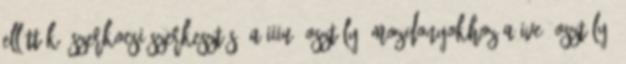
ellátták. Szerkocsi szerkesztés A IIIu. osztályú mozdonyokhoz a IVe. osztályú